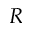
R